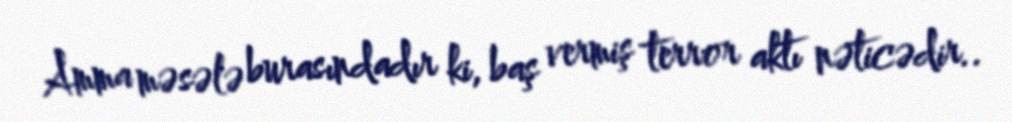
Amma məsələ burasındadır ki, baş vermiş terror aktı nəticədir..